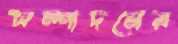
সম্পাদনের